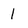
Character: l